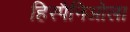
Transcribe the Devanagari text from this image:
हिस्पैनिओला